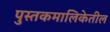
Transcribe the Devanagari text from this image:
पुस्तकमालिकेतील